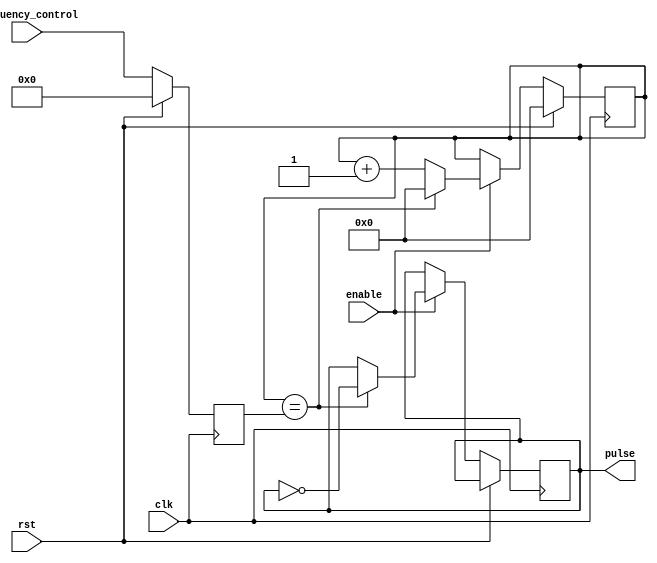
module variable_frequency_pulse_generator (
    input wire clk,
    input wire rst,
    input wire enable,
    input wire [7:0] frequency_control,
    output reg pulse
);

reg [15:0] counter;
reg [7:0] divider;

always @ (posedge clk) begin
    if (rst) begin
        counter <= 16'b0;
    end else if (enable) begin
        if (counter == divider) begin
            counter <= 16'b0;
            pulse <= ~pulse;
        end else begin
            counter <= counter + 1;
        end
    end
end

always @ (posedge clk) begin
    if (rst) begin
        divider <= 8'b0;
    end else begin
        divider <= frequency_control;
    end
end

endmodule